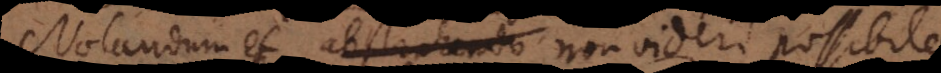
Notandum et abstrahendo non videri possibile